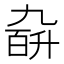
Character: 𪜙